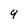
Character: 9